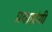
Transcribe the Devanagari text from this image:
प्रवाहांशी